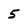
Character: 5